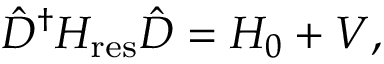
\hat { D } ^ { \dagger } H _ { \mathrm { r e s } } \hat { D } = H _ { 0 } + V ,